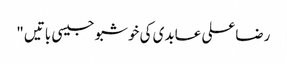
رضاعلی عابدی کی خوشبو جیسی باتیں "